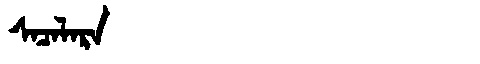
Manchu: ᠰᠠᠴᠠᠯᠠᡵᠠ
Romanization: SACALARA